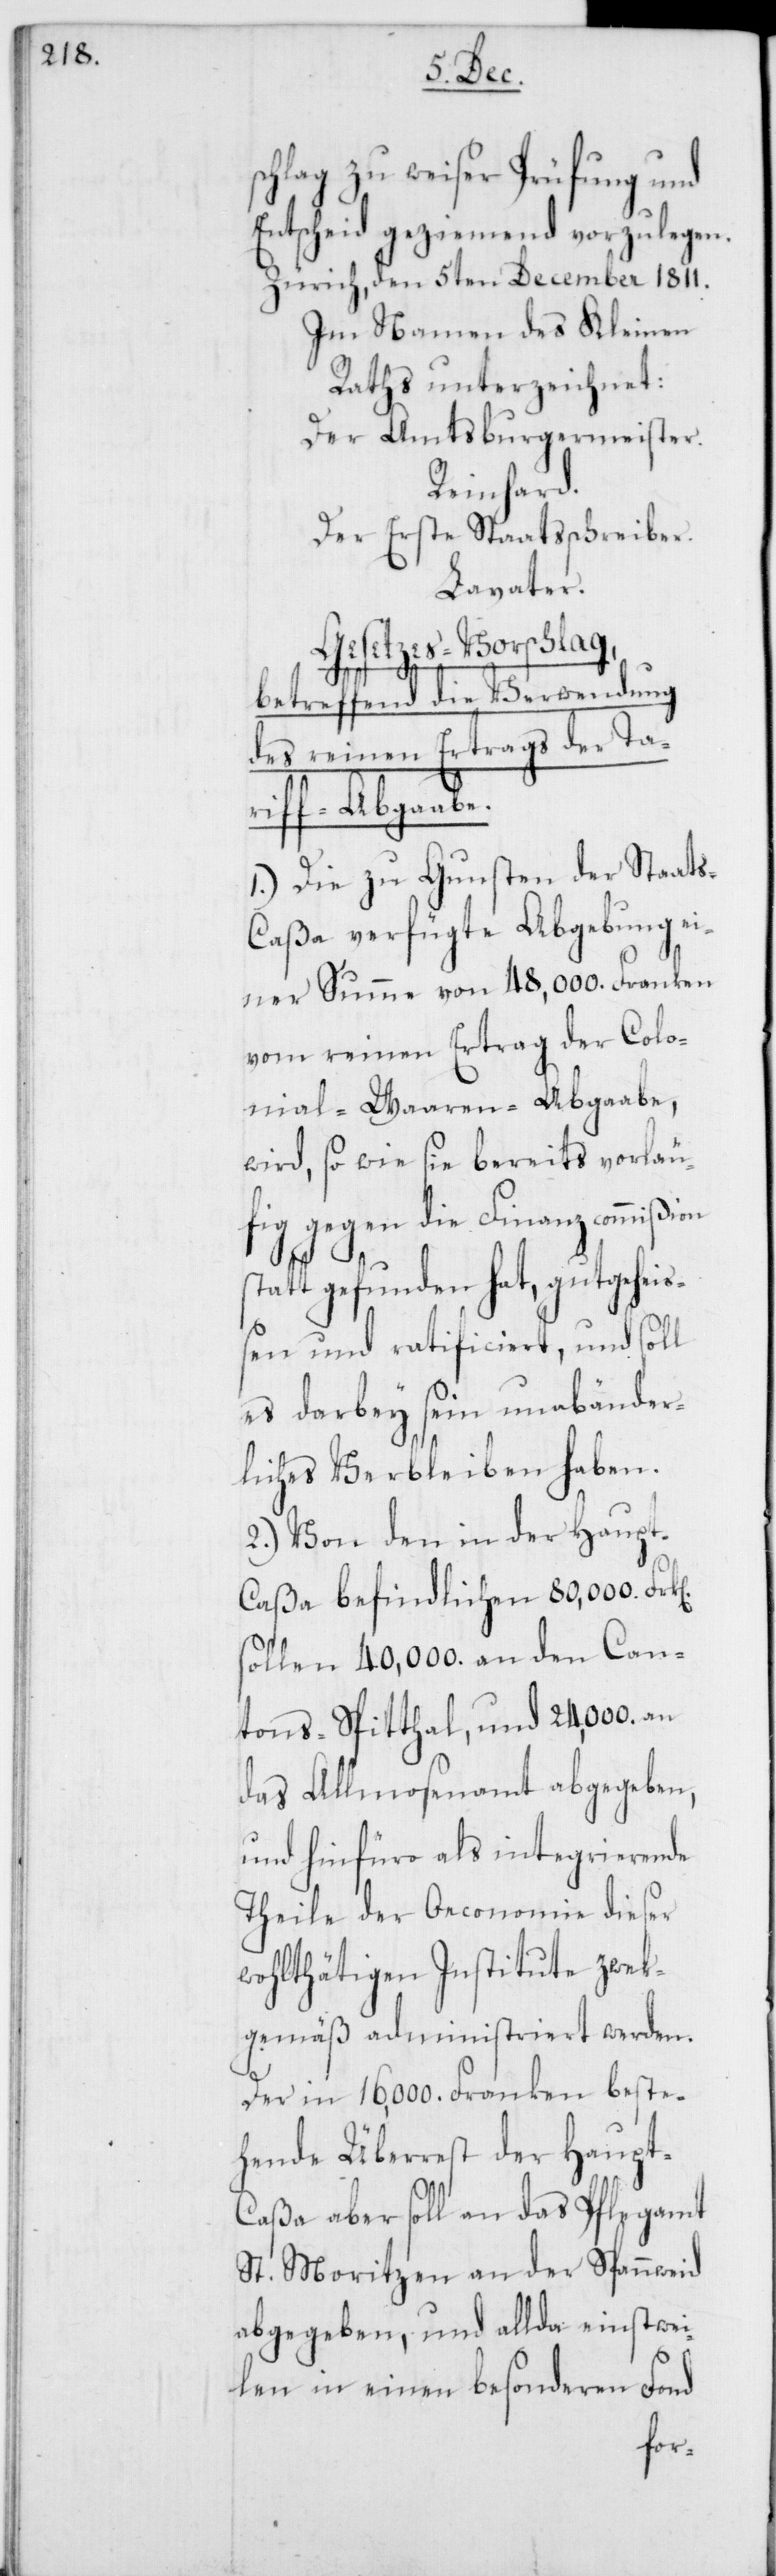
chlag zu weiser Prüfung und
Entscheid geziemend vorzulegen.
Zürich, den 5ten December 1811.
Im Namen des Kleinen
Raths unterzeichnet:
Der Amtsburgermeister.
Reinhard.
Der erste Staatsschreiber.
Lavater.
Gesetzes-Vorschlag,
n].
betreffend die Verwendung
des reinen Ertrags der Ta¬
riff-Abgaabe.
1.) Die zu Gunsten der Staat¬
s-Caßa verfügte Abgebung ei¬
ner Summe von 48,000. Franken
vom reinen Ertrag der Colo¬
nial-Waaren-Abgaabe,
wird, so wie sie bereits vorläu¬
fig gegen die Finanzcommißion
tatt gefunden hat, gutgeheiß¬
en und ratificiert, und soll
es darbey sein unabänder¬
liches Verbleiben haben.
2.) Von den in der Haup¬
t-Caßa befindlichen 80,000 Frk[e¬
sollen 40,000. an den Can¬
tons-Spitthal, und 24,000. an
das Allmosenamt abgegeben,
und hinfüro als integrierende
Theile der Oeconomie dieser
wohlthätigen Institute zwek¬
gemäß administriert werden.
Der in 16,000. Franken beste¬
hende Überrest der Haupt-C¬
aßa aber soll an das Pflegamt
St. Moritzen an der Spannweid
abgegeben, und allda einstwei¬
len in einen besonderen Fond